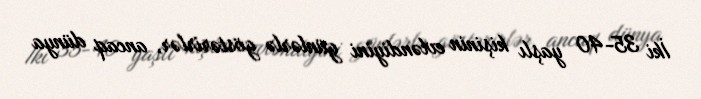
İki 35-40 yaşlı kişinin evləndiyini günlərlə göstərirlər, ancaq dünya